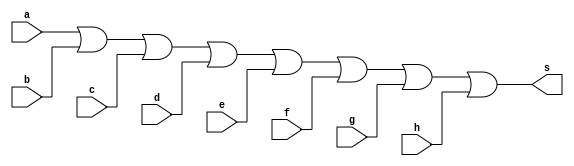
// ------------------------- 
//--Definir e testar um mdulo com uma expresso envolvendo portas 
//--de um circuito capaz de receber um byte e 
//--retornar 1, se algum de seus bits for igual a 1.    
//----------------------------- 
// Exercicio -circuito2 
// Nome: Milton costa teles da silva
// ------------------------- 
// ------------------------- 
// -- or gate 
// -------------------------
module orgate ( output s,  input a,b,c,d,e,f,g,h);
  assign s = a | b | c |d |e|f|g|h; 
endmodule // orgate 

module testorgate;
// ------------------------- dados locais 
  reg a, b, c, d, e, f, g, h; // definir registradores 
  wire s; // definir conexao (fio) 
// ------------------------- instancia 
  orgate OR1 (s, a, b, c, d, e, f, g, h);  
// ------------------------- preparacao 
  initial begin:start
    a=0; b=0; c=0; d=0; e=0; f=0; g=0; h=0; 
  end 
// ------------------------- parte principal 
  initial begin:main
    $display("Exercicio04 -  Milton teles da silva - 002751"); 
    $display("Test circuito2 gate"); 
    $display("\na b c d e f g h = s\n");
	 $monitor("%b %b %b %b %b %b %b %b = %b",a,b,c,d,e,f,g,h,s);
      #1 a=0; b=0; c=0; d=0; e=0; f=0; g=0; h=0;
      #1 a=0; b=0; c=0; d=0; e=0; f=0; g=0; h=1;
      #1 a=0; b=0; c=0; d=0; e=0; f=0; g=1; h=0;
      #1 a=0; b=0; c=0; d=0; e=0; f=1; g=0; h=0;
      #1 a=0; b=0; c=0; d=0; e=1; f=0; g=0; h=0;
      #1 a=0; b=0; c=0; d=1; e=0; f=0; g=0; h=0;
      #1 a=0; b=0; c=1; d=0; e=0; f=0; g=0; h=0;
      #1 a=0; b=1; c=0; d=0; e=0; f=0; g=0; h=0;
      #1 a=1; b=0; c=0; d=0; e=0; f=0; g=0; h=0;
   end 
endmodule //orgate